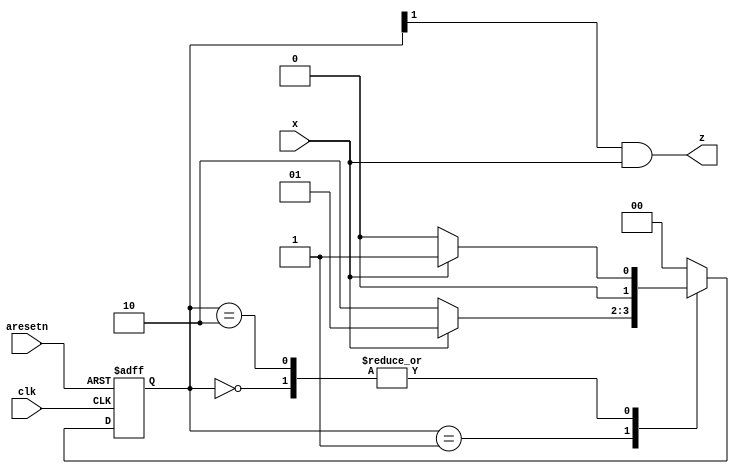
module top_module (
    input clk,
    input aresetn,    // Asynchronous active-low reset
    input x,
    output z );
    
    parameter A=0, B=1, C=2;
    reg [1:0] ps, ns;
     
    always @(*) begin
        case(ps)
    		A : ns = x ? B : A;
        	B : ns = x ? B : C;
        	C : ns = x ? B : A;
            default : ns = A;
        endcase
    end
    
    always @(posedge clk, negedge aresetn) begin
        if (!aresetn)
            ps <= 0;
        else
            ps <= ns;
    end
    
    assign z = ps[1]&x;

endmodule